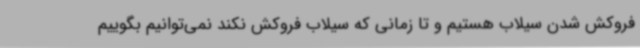
فروکش شدن سیلاب هستیم و تا زمانی که سیلاب فروکش نکند نمی‌توانیم بگوییم